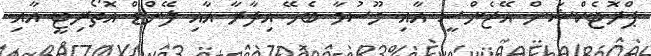
ޕްރޮޓެކްޝަން އޭޖެންސީ އާއި މޫސުމާ ބެހޭ އިދާރާ އާއި ލޭންޑް އޮތޯރިޓީ އާއި